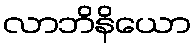
လာဘိနိယော